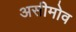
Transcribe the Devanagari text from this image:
असीमोव